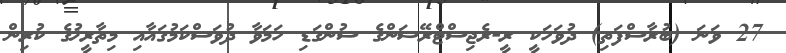
27 ވަނަ (ބުރާސްފަތި) ދުވަހަކީ ރީ-ރެޖިސްޓްރޭޝަންގެ ސުންގަޑި ހަމަވާ ދުވަސްކަމުގައާއި މިތާރީޚުގެ ކުރިން